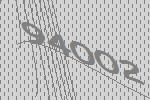
94002